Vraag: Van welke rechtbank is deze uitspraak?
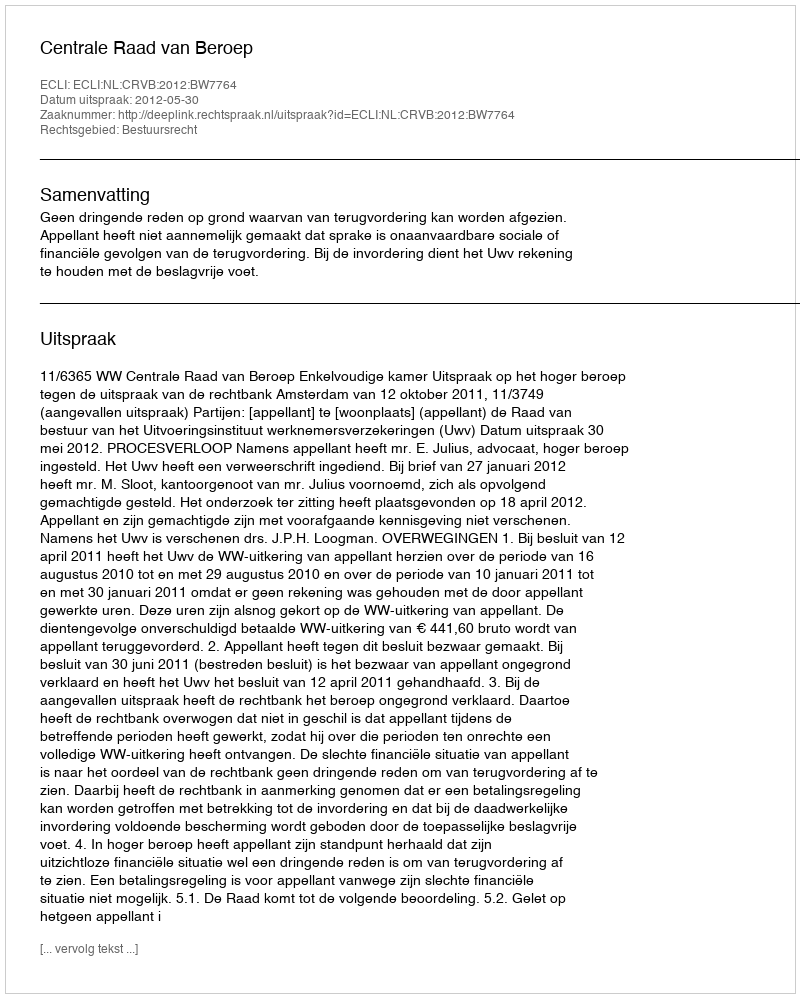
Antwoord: Centrale Raad van Beroep